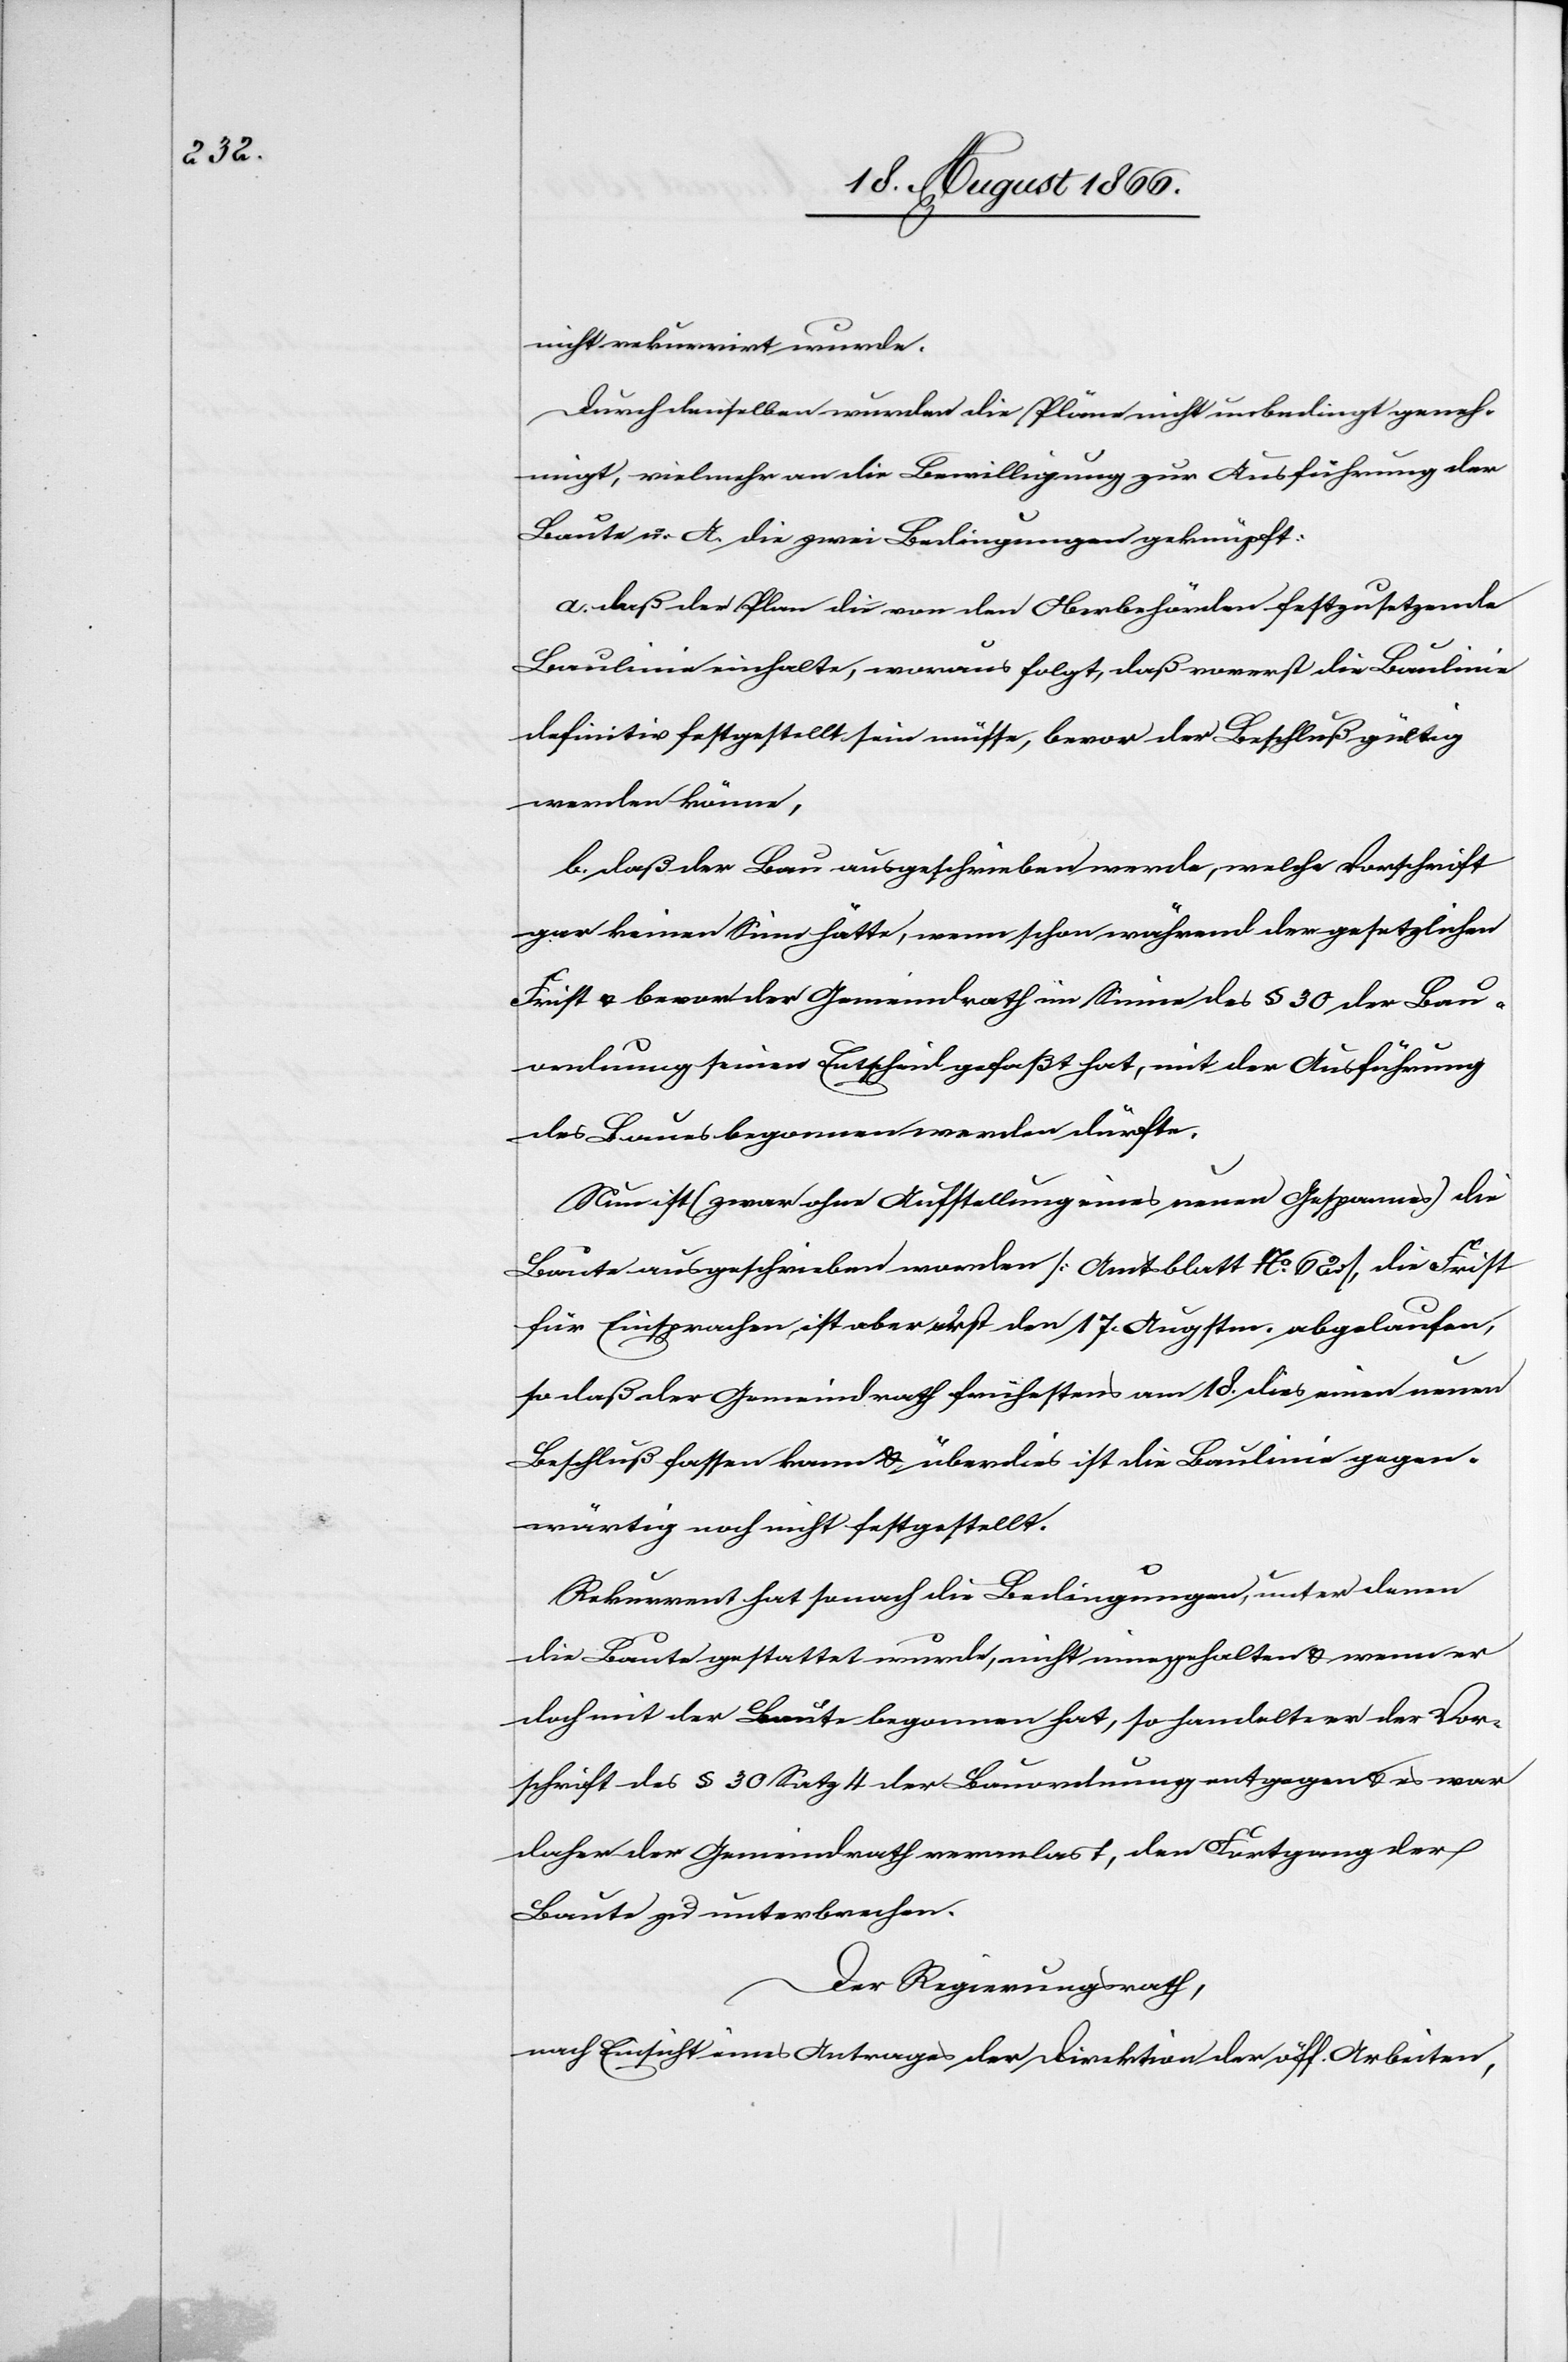
nicht rekurrirt wurde.
Durch denselben wurden die Pläne nicht unbedingt geneh¬
migt, vielmehr an die Bewilligung zur Ausführung der
Baute u. A. die zwei Bedingungen geknüpft:
a. daß der Plan die von den Oberbehörden festzusetzende
Baulinie einhalte, woraus folgt, daß vorerst die Baulinie
definitiv festgestellt sein müsse, bevor der Beschluß gültig
werden könne.
b. daß der Bau ausgeschrieben werde, welche Vorschrift
gar keinen Sinn hätte, wenn schon während der gesetzlichen
Frist u. bevor der Gemeindrath im Sinne des § 30 der Bau¬
ordnung seinen Entscheid gefaßt hat, mit der Ausführung
des Baues begonnen werden dürfte.
Nun ist (zwar ohne Aufstellung eines neuen Gespannes) die
Baute ausgeschrieben worden [Amtsblatt No. 62], die Frist
für Einsprachen ist aber erst den 17. Augstm. abgelaufen,
so daß der Gemeindrath frühestens am 18. dies einen neuen
Beschluß fassen kann u. überdies ist die Baulinie gegen¬
wärtig noch nicht festgestellt.
Rekurrent hat sonach die Bedingungen, unter denen
die Baute gestattet wurde, nicht eingehalten u. wenn er
doch mit der Baute begonnen hat, so handelte er der Vor¬
schrift des § 30 Satz 4 der Bauordnung entgegen u. es war
daher der Gemeindrath veranlast [sic!], den Fortgang der
Baute zu unterbrechen.
Der Regierungsrath,
nach Einsicht eines Antrages der Direktion der öff. Arbeiten,